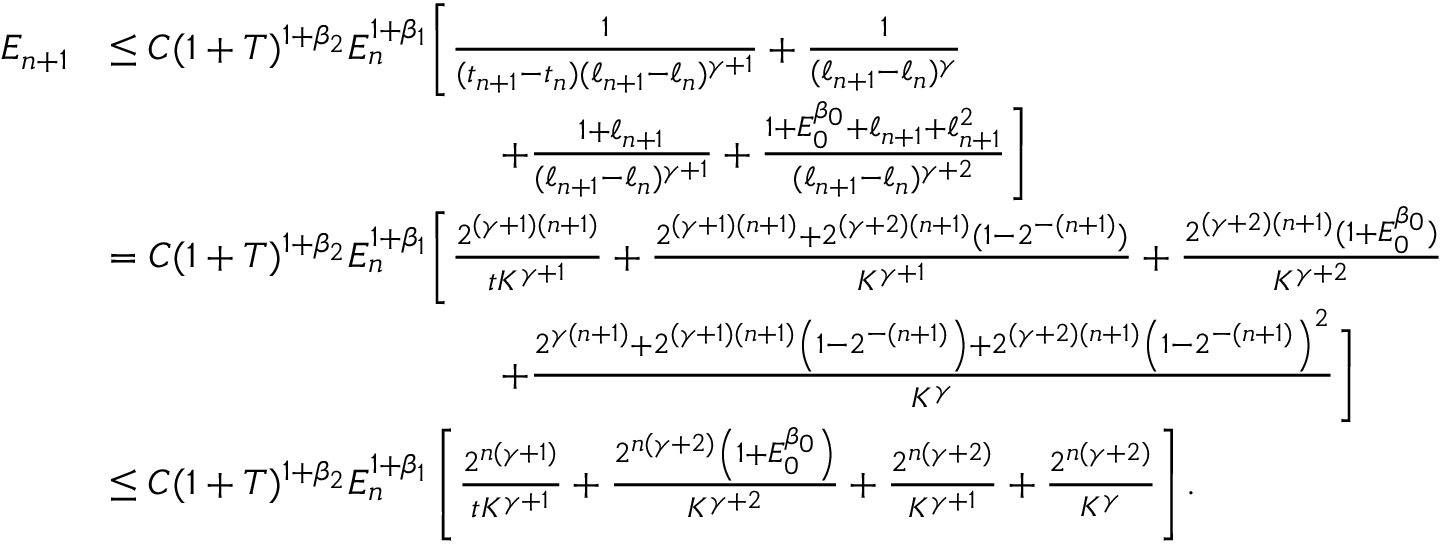
\begin{array} { r l } { E _ { n + 1 } } & { \leq C ( 1 + T ) ^ { 1 + \beta _ { 2 } } E _ { n } ^ { 1 + \beta _ { 1 } } \Bigg [ \frac { 1 } { ( t _ { n + 1 } - t _ { n } ) ( \ell _ { n + 1 } - \ell _ { n } ) ^ { \gamma + 1 } } + \frac { 1 } { ( \ell _ { n + 1 } - \ell _ { n } ) ^ { \gamma } } } \\ & { \qquad \qquad \qquad \qquad \qquad + \frac { 1 + \ell _ { n + 1 } } { ( \ell _ { n + 1 } - \ell _ { n } ) ^ { \gamma + 1 } } + \frac { 1 + E _ { 0 } ^ { \beta _ { 0 } } + \ell _ { n + 1 } + \ell _ { n + 1 } ^ { 2 } } { ( \ell _ { n + 1 } - \ell _ { n } ) ^ { \gamma + 2 } } \Bigg ] } \\ & { = C ( 1 + T ) ^ { 1 + \beta _ { 2 } } E _ { n } ^ { 1 + \beta _ { 1 } } \Bigg [ \frac { 2 ^ { ( \gamma + 1 ) ( n + 1 ) } } { t K ^ { \gamma + 1 } } + \frac { 2 ^ { ( \gamma + 1 ) ( n + 1 ) } + 2 ^ { ( \gamma + 2 ) ( n + 1 ) } ( 1 - 2 ^ { - ( n + 1 ) } ) } { K ^ { \gamma + 1 } } + \frac { 2 ^ { ( \gamma + 2 ) ( n + 1 ) } ( 1 + E _ { 0 } ^ { \beta _ { 0 } } ) } { K ^ { \gamma + 2 } } } \\ & { \qquad \qquad \qquad \qquad \qquad + \frac { 2 ^ { \gamma ( n + 1 ) } + 2 ^ { ( \gamma + 1 ) ( n + 1 ) } \left( 1 - 2 ^ { - ( n + 1 ) } \right) + 2 ^ { ( \gamma + 2 ) ( n + 1 ) } \left( 1 - 2 ^ { - ( n + 1 ) } \right) ^ { 2 } } { K ^ { \gamma } } \Bigg ] } \\ & { \le C ( 1 + T ) ^ { 1 + \beta _ { 2 } } E _ { n } ^ { 1 + \beta _ { 1 } } \left[ \frac { 2 ^ { n ( \gamma + 1 ) } } { t K ^ { \gamma + 1 } } + \frac { 2 ^ { n ( \gamma + 2 ) } \left( 1 + E _ { 0 } ^ { \beta _ { 0 } } \right) } { K ^ { \gamma + 2 } } + \frac { 2 ^ { n ( \gamma + 2 ) } } { K ^ { \gamma + 1 } } + \frac { 2 ^ { n ( \gamma + 2 ) } } { K ^ { \gamma } } \right] . } \end{array}